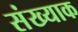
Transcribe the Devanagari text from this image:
संख्याक